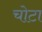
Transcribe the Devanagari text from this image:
चोटा